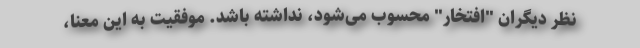
نظر دیگران "افتخار" محسوب می‌شود، نداشته باشد. موفقیت به این معنا،